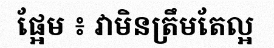
ផ្អែម ៖ វាមិនត្រឹមតែល្អ